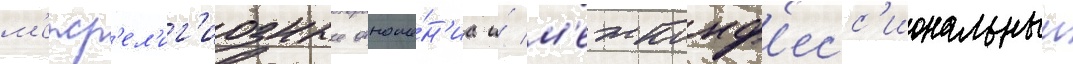
м'ежр'ел'иг'иозные отноше́н'иа и́ м'ежконф'есс'иональныи